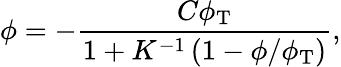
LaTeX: \phi=-\frac{C\phi_{\mathrm{T}}}{1+K^{-1}\left(1-\phi/\phi_{\mathrm{T}}\right)},